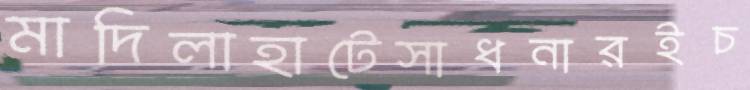
মাদিলাহাটেসাধনারইচ